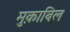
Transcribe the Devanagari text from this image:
मुक़ाबिल